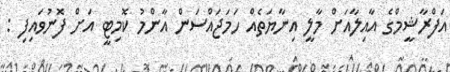
އަފްރާޝީމްގެ އާއިލާއަށް މާލީ އިނާޔަތެއް ހަމަޖައްސަން އާންމު ކޮމިޓީ އަށް ފޮނުވައިފި :